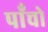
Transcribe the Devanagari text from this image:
पाॅंचो